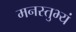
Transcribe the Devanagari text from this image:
मनस्तुभ्यं